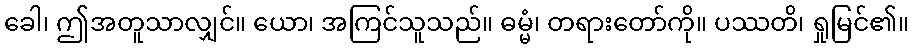
ခေါ၊ ဤအတူသာလျှင်။ ယော၊ အကြင်သူသည်။ ဓမ္မံ၊ တရားတော်ကို။ ပဿတိ၊ ရှုမြင်၏။